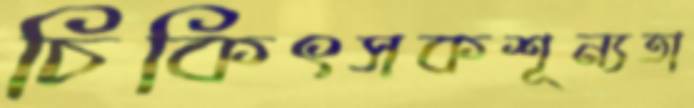
চিকিৎসকশূন্যতা